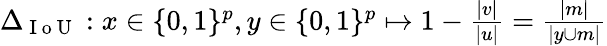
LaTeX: \begin{array}{r}{\Delta_{\mathrm{~I~o~U~}}:x\in\{ 0,1\} ^{p},y\in\{ 0,1\} ^{p}\mapsto 1-\frac{|v|}{|u|}=\frac{|m|}{|y\cup m|}}\end{array}